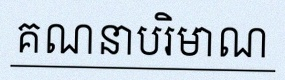
គណនាបរិមាណ